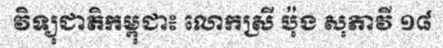
វិទ្យុជាតិកម្ពុជា៖ លោកស្រី ប៉ុង សុភាវី ១៨